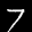
Label: 7